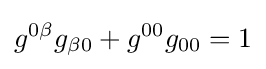
g^{0\beta }g_{\beta 0}+g^{00}g_{00}=1